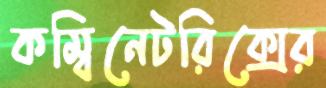
কম্বিনেটরিক্সের